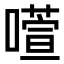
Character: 𫫻